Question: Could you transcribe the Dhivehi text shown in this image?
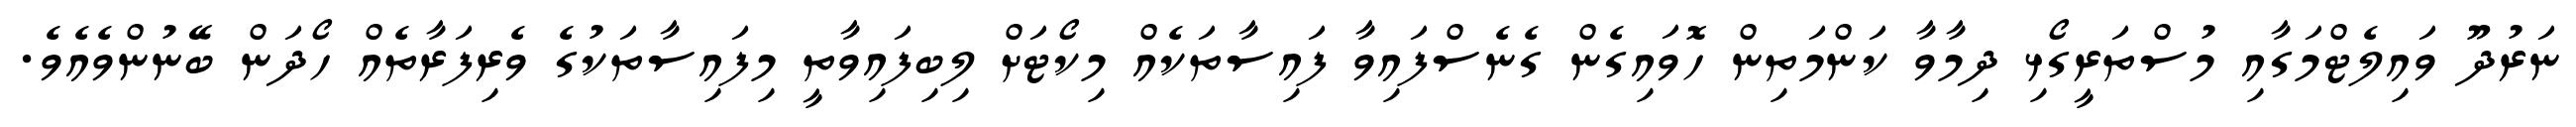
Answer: ނަރުދޫ ވައިލެޓްމަގާއި މުސްތަރީގޯޅި ދިމާވާ ކަންމަތިން ހޮވައިގެން ގެނެސްފައިވާ ފައިސާތަކެއް މިކޯޓަށް ލިބިފައިވާތީ މިފައިސާތަކުގެ ވެރިފަރާތެއް ހޯދަން ބޭނުންވެއެވެ.